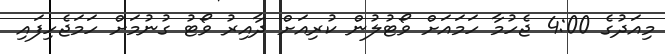
މިއަދުގެ 4:00 ޖެހުމާ ހަމައަށް ވޯޓުލުން ކުރިއަށް ދާއިރު ވޯޓު ގުނުމަށް ހަމަޖެހިފައި